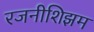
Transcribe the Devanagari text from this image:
रजनीशिझम